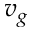
v _ { g }